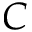
C